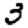
Digit: 3